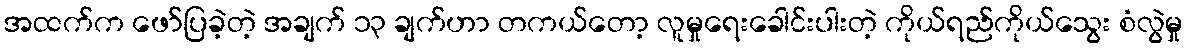
အထက်က ဖော်ပြခဲ့တဲ့ အချက် ၁၃ ချက်ဟာ တကယ်တော့ လူမှုရေးခေါင်းပါးတဲ့ ကိုယ်ရည်ကိုယ်သွေး စံလွဲမှု